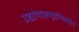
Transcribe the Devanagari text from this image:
उद्योगसमूहांपासून